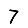
Digit: 7